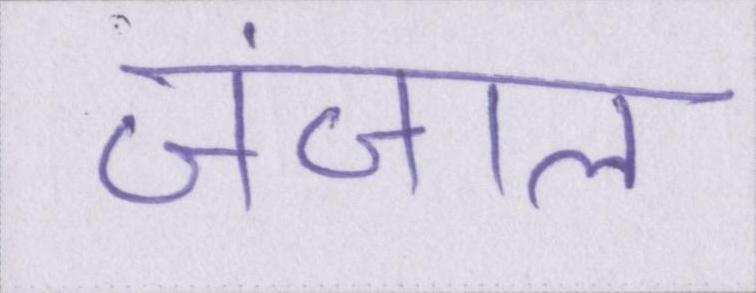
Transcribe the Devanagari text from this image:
जंजाल